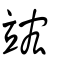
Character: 竤